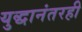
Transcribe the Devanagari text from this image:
युद्धानंतरही